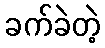
ခက်ခဲတဲ့